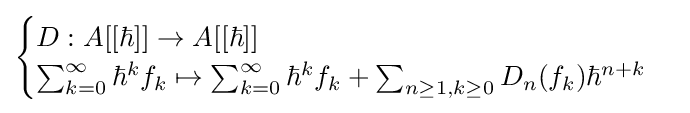
{\begin{cases}D:A[[\hbar ]]\to A[[\hbar ]]\\\sum _{k=0}^{\infty }\hbar ^{k}f_{k}\mapsto \sum _{k=0}^{\infty }\hbar ^{k}f_{k}+\sum _{n\geq 1,k\geq 0}D_{n}(f_{k})\hbar ^{n+k}\end{cases}}